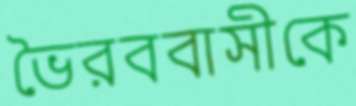
ভৈরববাসীকে